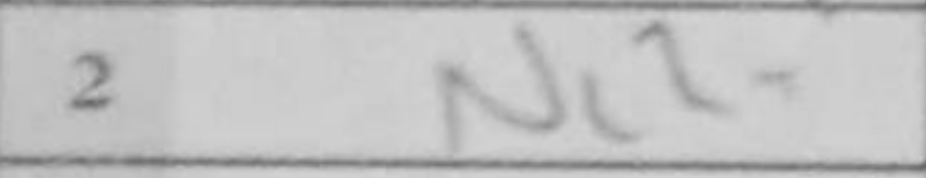
Transcription: Nc2+